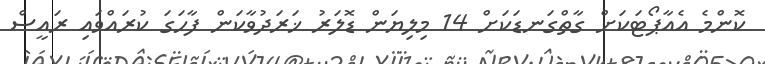
ކޮންމެ އެއާޕޯޓަކަށް ގާތްގަނޑަކަށް 14 މިލިޔަން ޑޮލަރު ޚަރަދުވާކަން ފާހަގަ ކުރައްވައި ރައީސް